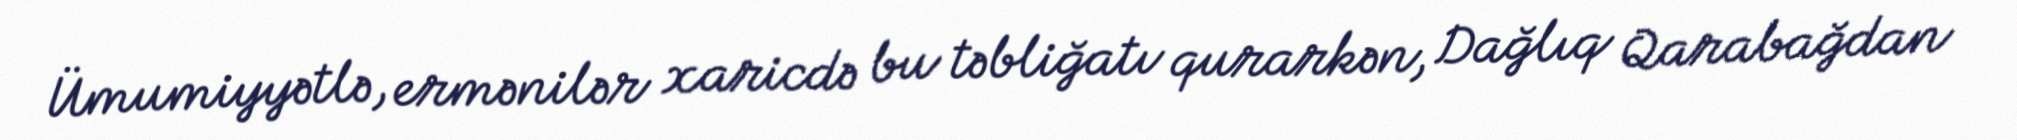
Ümumiyyətlə, ermənilər xaricdə bu təbliğatı qurarkən, Dağlıq Qarabağdan